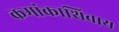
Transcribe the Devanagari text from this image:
क्रमांकाशिवाय